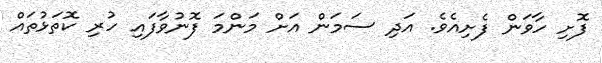
ފޮށި ހާވަން ފެށިއެވެ. އަދި ސަމަން އަށް މަންމަ ފޮނުވާފައި ހުރި ކޮތަޅުތައް